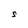
Character: S